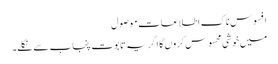
افسوس ناک اطلاعات موصول
میں خوشی محسوس کروں گا اگر یہ تابوت پنجاب سے نکلے۔